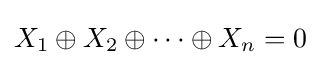
X_{1}\oplus X_{2}\oplus \cdots \oplus X_{n}=0